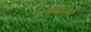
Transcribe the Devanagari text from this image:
धमवाला